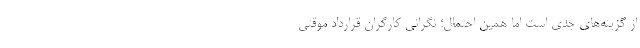
از گزینه‌های جدی است اما همین احتمال؛ نگرانی کارگرانِ قرارداد موقتی